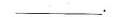
___.